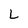
Character: L